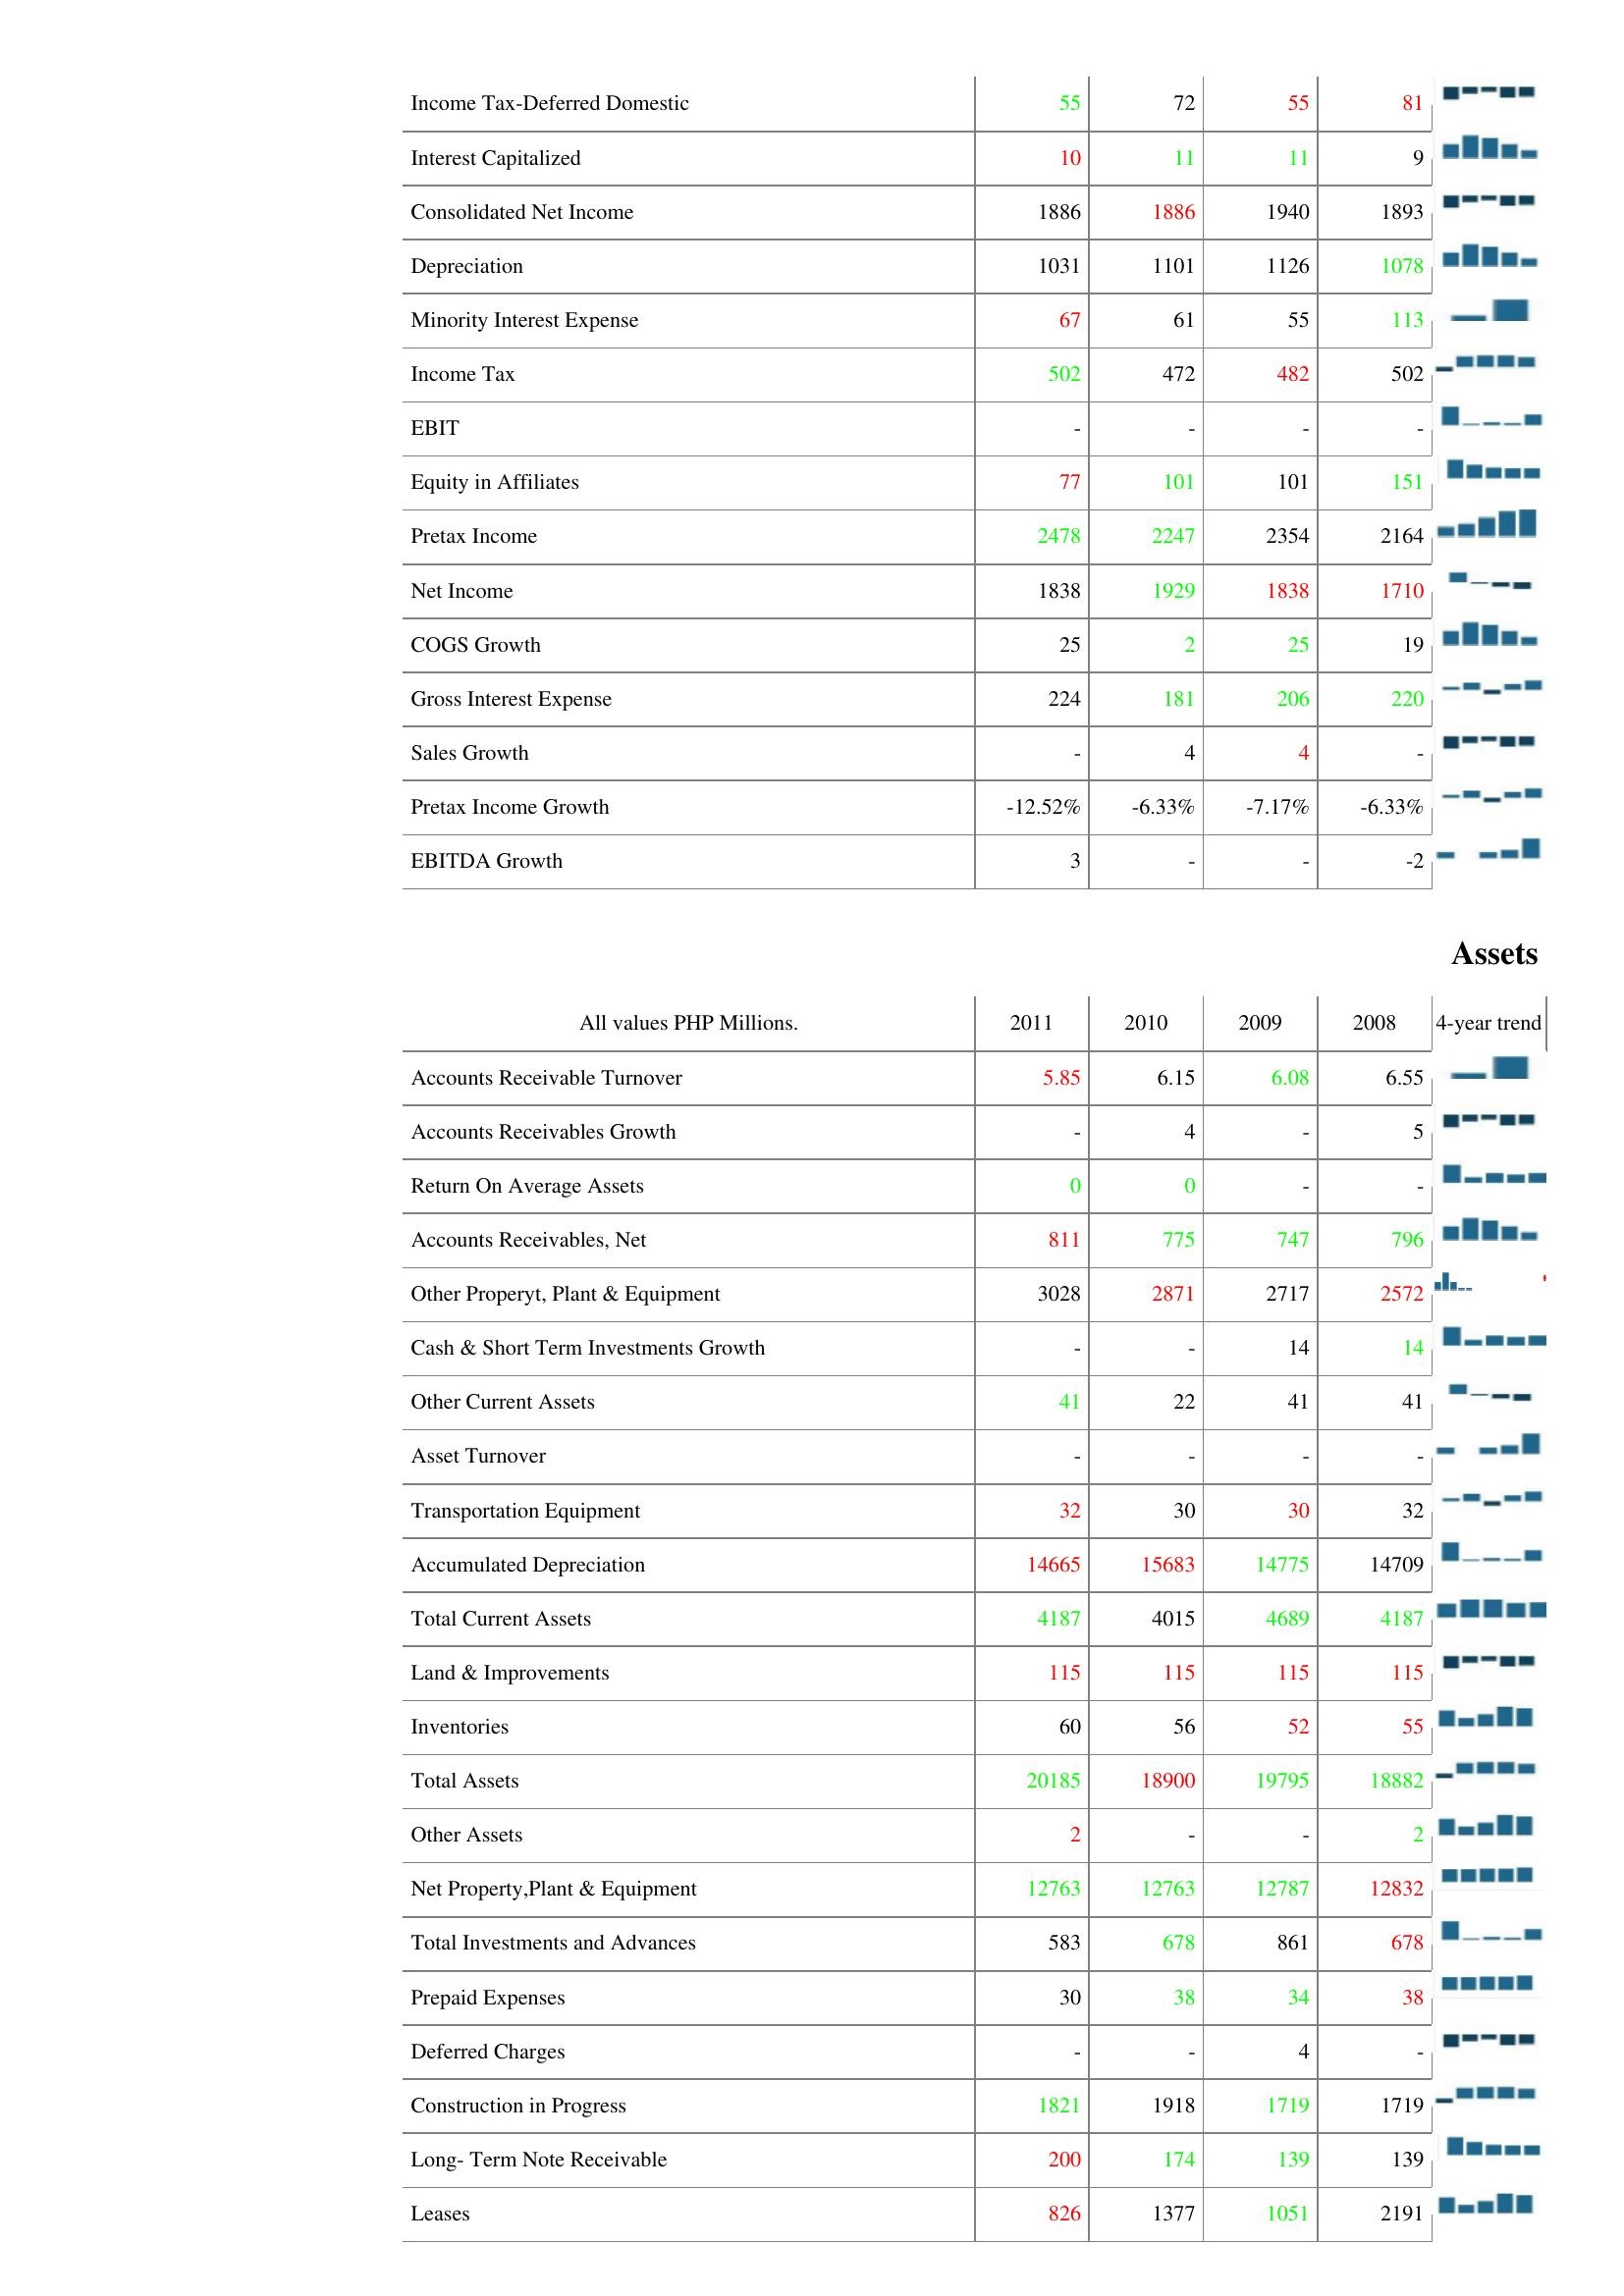
2011: : Income Tax-Deferred Domestic: 55
Interest Capitalized: 10
Consolidated Net Income: 1886
Depreciation: 1031
Minority Interest Expense: 67
Income Tax: 502
EBIT: -
Equity in Affiliates: 77
Pretax Income: 2478
Net Income: 1838
COGS Growth: 25
Gross Interest Expense: 224
Sales Growth: -
Pretax Income Growth: -12.52%
EBITDA Growth: 3
Assets: Accounts Receivable Turnover: 5.85
Accounts Receivables Growth: -
Return On Average Assets: 0
Accounts Receivables, Net: 811
Other Properyt, Plant & Equipment: 3028
Cash & Short Term Investments Growth: -
Other Current Assets: 41
Asset Turnover: -
Transportation Equipment: 32
Accumulated Depreciation: 14665
Total Current Assets: 4187
Land & Improvements: 115
Inventories: 60
Total Assets: 20185
Other Assets: 2
Net Property,Plant & Equipment: 12763
Total Investments and Advances: 583
Prepaid Expenses: 30
Deferred Charges: -
Construction in Progress: 1821
Long- Term Note Receivable: 200
Leases: 826
2010: : Income Tax-Deferred Domestic: 72
Interest Capitalized: 11
Consolidated Net Income: 1886
Depreciation: 1101
Minority Interest Expense: 61
Income Tax: 472
EBIT: -
Equity in Affiliates: 101
Pretax Income: 2247
Net Income: 1929
COGS Growth: 2
Gross Interest Expense: 181
Sales Growth: 4
Pretax Income Growth: -6.33%
EBITDA Growth: -
Assets: Accounts Receivable Turnover: 6.15
Accounts Receivables Growth: 4
Return On Average Assets: 0
Accounts Receivables, Net: 775
Other Properyt, Plant & Equipment: 2871
Cash & Short Term Investments Growth: -
Other Current Assets: 22
Asset Turnover: -
Transportation Equipment: 30
Accumulated Depreciation: 15683
Total Current Assets: 4015
Land & Improvements: 115
Inventories: 56
Total Assets: 18900
Other Assets: -
Net Property,Plant & Equipment: 12763
Total Investments and Advances: 678
Prepaid Expenses: 38
Deferred Charges: -
Construction in Progress: 1918
Long- Term Note Receivable: 174
Leases: 1377
2009: : Income Tax-Deferred Domestic: 55
Interest Capitalized: 11
Consolidated Net Income: 1940
Depreciation: 1126
Minority Interest Expense: 55
Income Tax: 482
EBIT: -
Equity in Affiliates: 101
Pretax Income: 2354
Net Income: 1838
COGS Growth: 25
Gross Interest Expense: 206
Sales Growth: 4
Pretax Income Growth: -7.17%
EBITDA Growth: -
Assets: Accounts Receivable Turnover: 6.08
Accounts Receivables Growth: -
Return On Average Assets: -
Accounts Receivables, Net: 747
Other Properyt, Plant & Equipment: 2717
Cash & Short Term Investments Growth: 14
Other Current Assets: 41
Asset Turnover: -
Transportation Equipment: 30
Accumulated Depreciation: 14775
Total Current Assets: 4689
Land & Improvements: 115
Inventories: 52
Total Assets: 19795
Other Assets: -
Net Property,Plant & Equipment: 12787
Total Investments and Advances: 861
Prepaid Expenses: 34
Deferred Charges: 4
Construction in Progress: 1719
Long- Term Note Receivable: 139
Leases: 1051
2008: : Income Tax-Deferred Domestic: 81
Interest Capitalized: 9
Consolidated Net Income: 1893
Depreciation: 1078
Minority Interest Expense: 113
Income Tax: 502
EBIT: -
Equity in Affiliates: 151
Pretax Income: 2164
Net Income: 1710
COGS Growth: 19
Gross Interest Expense: 220
Sales Growth: -
Pretax Income Growth: -6.33%
EBITDA Growth: -2
Assets: Accounts Receivable Turnover: 6.55
Accounts Receivables Growth: 5
Return On Average Assets: -
Accounts Receivables, Net: 796
Other Properyt, Plant & Equipment: 2572
Cash & Short Term Investments Growth: 14
Other Current Assets: 41
Asset Turnover: -
Transportation Equipment: 32
Accumulated Depreciation: 14709
Total Current Assets: 4187
Land & Improvements: 115
Inventories: 55
Total Assets: 18882
Other Assets: 2
Net Property,Plant & Equipment: 12832
Total Investments and Advances: 678
Prepaid Expenses: 38
Deferred Charges: -
Construction in Progress: 1719
Long- Term Note Receivable: 139
Leases: 2191